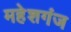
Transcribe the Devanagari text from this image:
महेशगंज